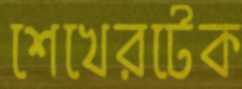
শেখেরটেক